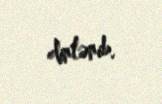
dinlənib.